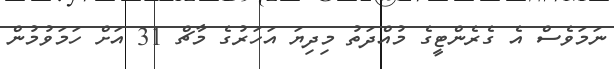
ނަމަވެސް އެ ގެރެންޓީގެ މުއްދަތު މިދިޔަ އަހަރުގެ މާޗް 31 އަށް ހަމަވުމުން